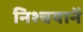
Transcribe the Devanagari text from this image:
निश्चयानें